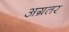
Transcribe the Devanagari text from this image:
अग्रतर